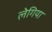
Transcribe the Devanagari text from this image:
लेगिया